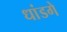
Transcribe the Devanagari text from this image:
धांडगे